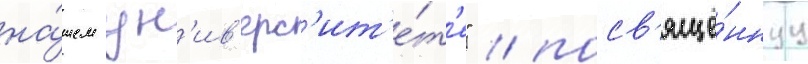
на́шем ун'ив'ерс'ит'е́т'е" / посв'ящё́ннуу